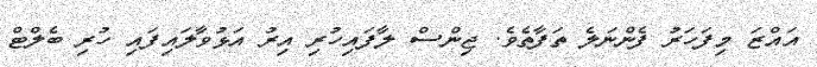
އައްޒަ މިފަހަރު ފެންނަލެ ތަފާތެވެ. ޖިންސް ލާފައިހުރި އިރު އަޅުވާލައިފައި ހުރި ބެލްޓް